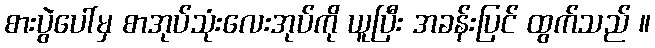
စားပွဲပေါ်မှ စာအုပ်သုံးလေးအုပ်ကို ယူပြီး အခန်းပြင် ထွက်သည် ။